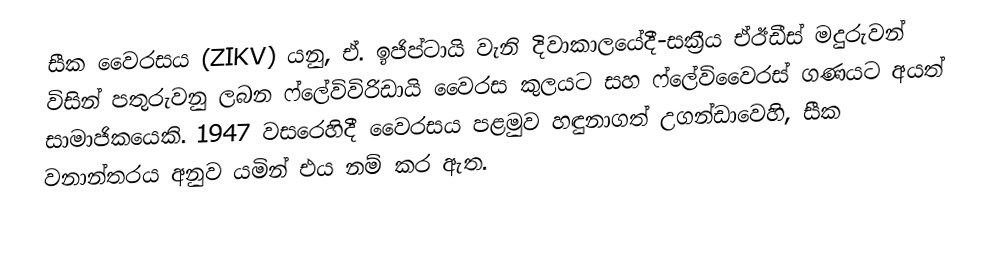
සීක වෛරසය (ZIKV) යනු,  ඒ. ඉජිප්ටායි වැනි දිවාකාලයේදී-සක්‍රීය ඒඊඩීස් මදුරුවන් විසින්  පතුරුවනු ලබන ෆ්ලේවිවිරිඩායි  වෛරස  කුලයට සහ ෆ්ලේවිවෛරස් ගණයට අයත් සාමාජිකයෙකි. 1947 වසරෙහිදී වෛරසය පළමුව හඳුනාගත්  උගන්ඩාවෙහි, සීක වනාන්තරය අනුව යමින් එය නම් කර ඇත.